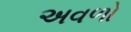
અવળો